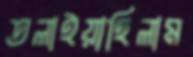
তলাইয়াছিলাম